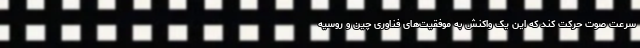
سرعت صوت حرکت کند که این یک واکنش به موفقیت‌های فناوری چین و روسیه